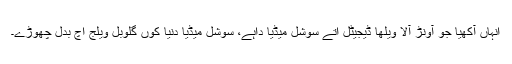
انہاں آکھیا جو آونڑ آلا ویلھا ڈیجیٹل اتے سوشل میڈیا داہے، سوشل میڈیا دنیا کوں گلوبل ویلج اچ بدل چھوڑے۔